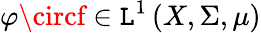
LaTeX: \varphi\circf\in\mathtt{L}^{1}\left(X,\Sigma,\mu\right)